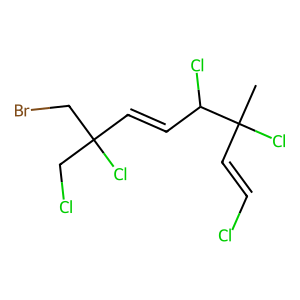
SMILES: CC(Cl)(C=CCl)C(Cl)C=CC(Cl)(CCl)CBr
Inhibits HIV replication: No